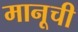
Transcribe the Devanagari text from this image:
मानूची